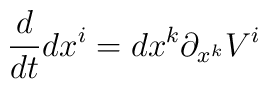
{d\over dt}dx^i = dx^k \partial_{x^k}V^i